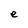
Character: e